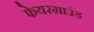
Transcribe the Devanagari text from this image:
फेयरग्राउंड